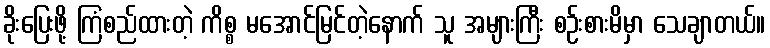
ခိုးပြေးဖို့ ကြံစည်ထားတဲ့ ကိစ္စ မအောင်မြင်တဲ့နောက် သူ အများကြီး စဉ်းစားမိမှာ သေချာတယ်။